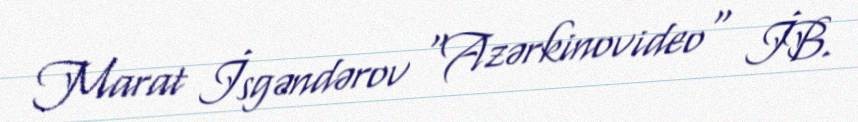
Marat İsgəndərov "Azərkinovideo" İB.